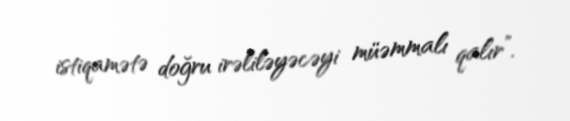
istiqamətə doğru irəliləyəcəyi müəmmalı qalır”.